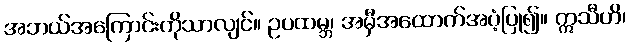
အဘယ်အကြောင်းကိုသာလျင်။ ဥပထမ္ဘ၊ အမှီအထောက်အပံ့ပြု၍။ ဣသီဟိ၊